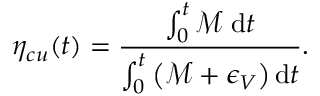
\eta _ { c u } ( t ) = \frac { \int _ { 0 } ^ { t } \mathcal { M } \; \mathrm { d } t } { \int _ { 0 } ^ { t } \left( \mathcal { M } + \epsilon _ { V } \right) \mathrm { d } t } .